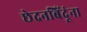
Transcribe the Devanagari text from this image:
छेदनबिंदूंना